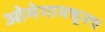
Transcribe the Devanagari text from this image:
ओमेगामधूनच